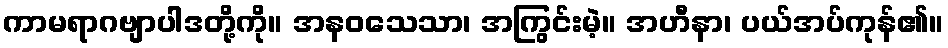
ကာမရာဂဗျာပါဒတို့ကို။ အနဝသေသာ၊ အကြွင်းမဲ့။ အဟီနာ၊ ပယ်အပ်ကုန်၏။